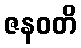
ဇနဝတိ